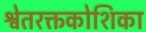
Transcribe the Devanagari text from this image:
श्वेतरक्तकोशिका